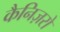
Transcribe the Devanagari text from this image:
कैनिज़रो